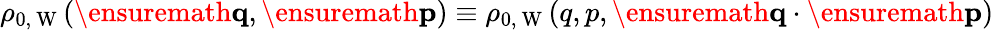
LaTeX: \rho_{0,\mathrm{~W~}}(\ensuremath{\mathbf{q}},\ensuremath{\mathbf{p}})\equiv\rho_{0,\mathrm{~W~}}(q,p,\ensuremath{\mathbf{q}}\cdot\ensuremath{\mathbf{p}})